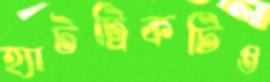
হ্যাটট্রিকটিও